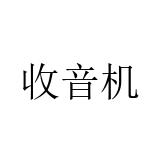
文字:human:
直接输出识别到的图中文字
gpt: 收音机